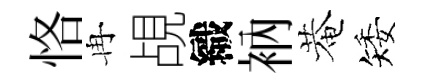
恪冉覘織衲菴矮